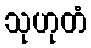
သုဟုတံ